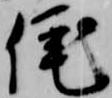
侘